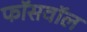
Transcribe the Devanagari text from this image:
फॉसवॉल